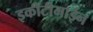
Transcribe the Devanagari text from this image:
इकीटीमाईन